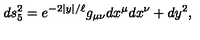
d s _ { 5 } ^ { 2 } = e ^ { - 2 | y | / \ell } g _ { \mu \nu } d x ^ { \mu } d x ^ { \nu } + d y ^ { 2 } ,